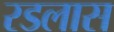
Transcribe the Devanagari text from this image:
रडलास